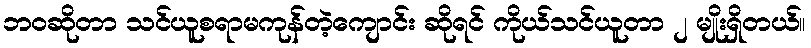
ဘဝဆိုတာ သင်ယူစရာမကုန်တဲ့ကျောင်း ဆိုရင် ကိုယ်သင်ယူတာ ၂ မျိုးရှိတယ်။